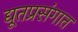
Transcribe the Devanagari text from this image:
द्यूतप्रसंगात